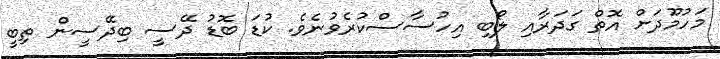
މަހުމޫދަށް އޮތް ގަދަރާއި ލޯބި އިހުސާސްކުރެވުނެވެ. ކުޑަ ބޮޑު ދޭސީ ބިދޭސީން ތިބީ